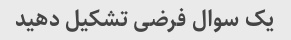
یک سوال فرضی تشکیل دهید